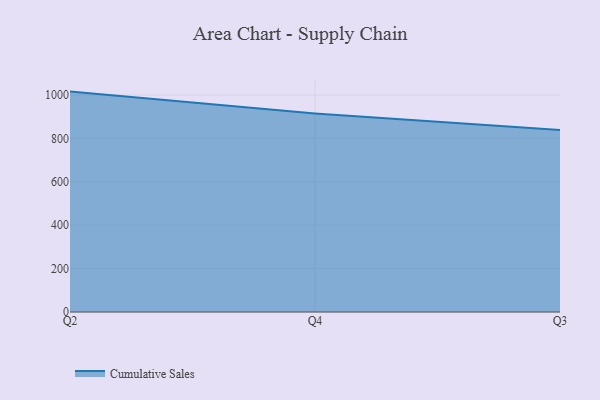
{"axis": {"x": "Quarter", "y": "Humidity (%)"}, "legend": ["Cumulative Sales"], "data": [{"x": "Q2", "y": 1015.9, "type": "Cumulative Sales"}, {"x": "Q4", "y": 915.0, "type": "Cumulative Sales"}, {"x": "Q3", "y": 839.1, "type": "Cumulative Sales"}]}